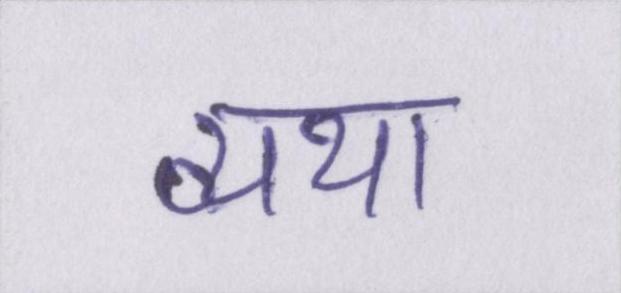
व्यथा